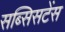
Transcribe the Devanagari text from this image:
सब्सिसटेंस